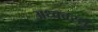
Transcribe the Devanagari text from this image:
अध्ववरसु